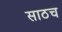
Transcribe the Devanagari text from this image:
साठच